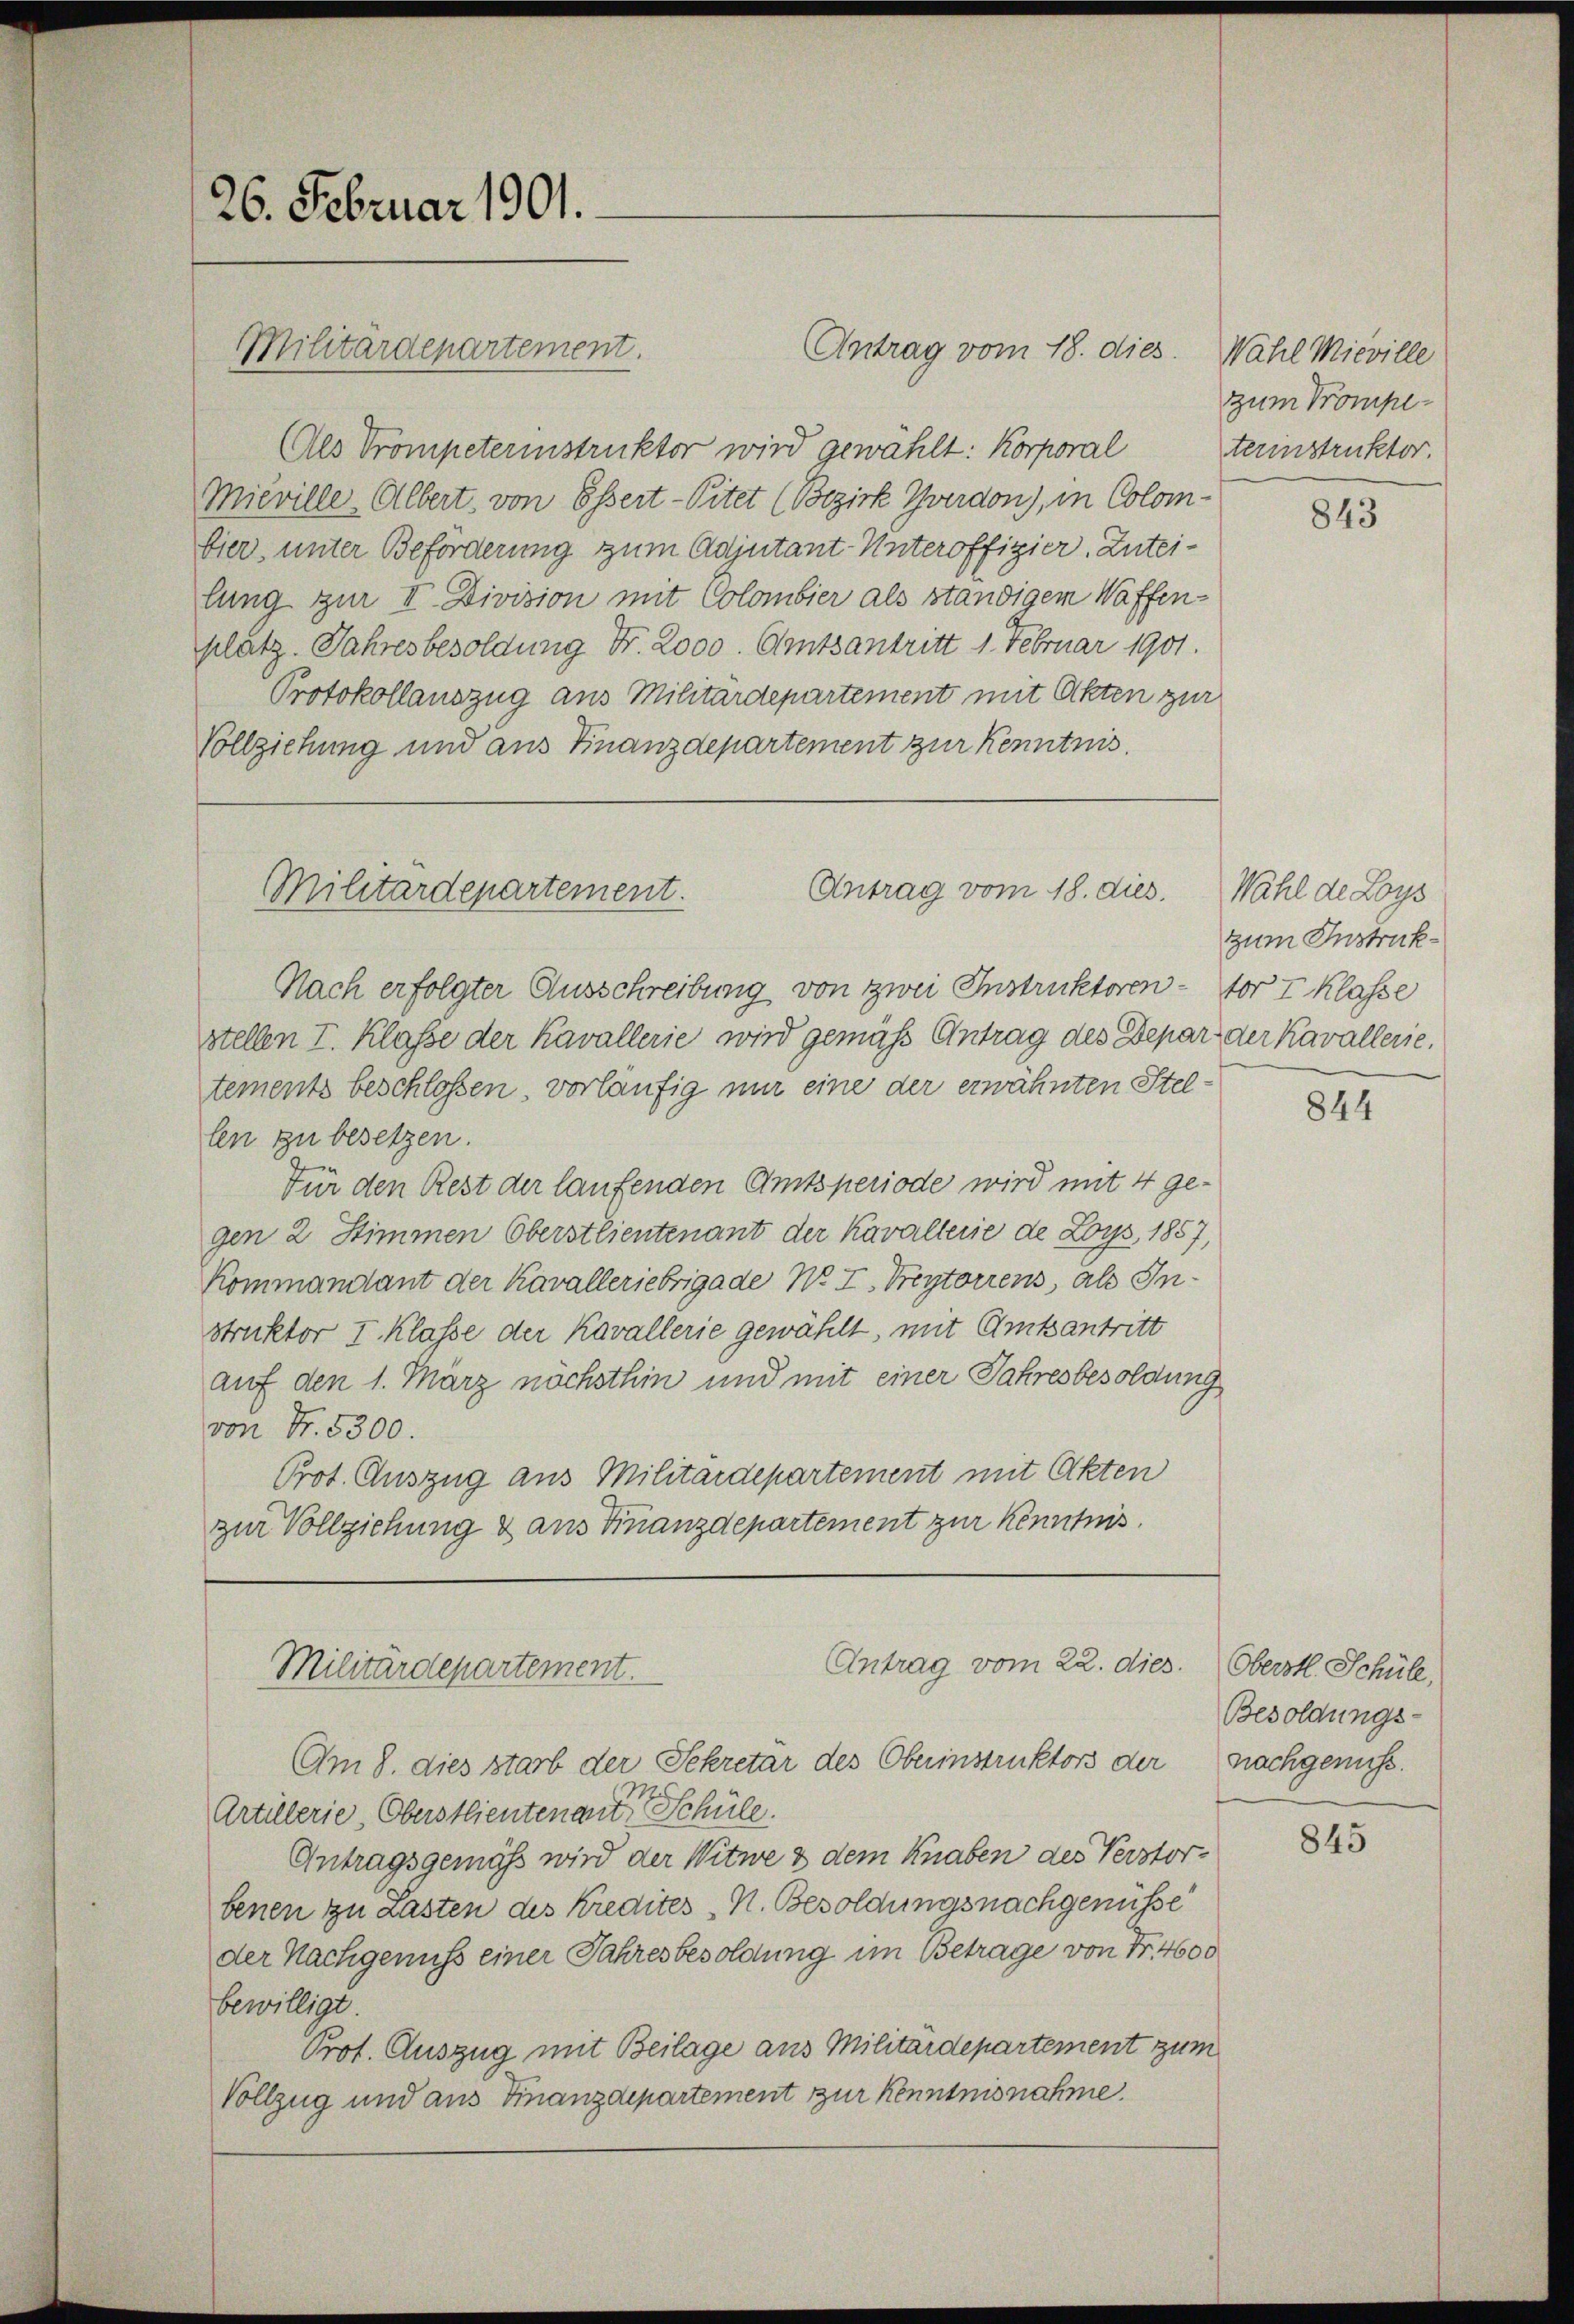
26. Februar 1901.

Antrag vom 18. dies
Als Trompeterinstruktor wird gewählt: Korporal
Mieville-Olbert, von Össert-Pitet (Bezirk Yverdon), in Colom-
bier, unter Beförderung zum Adjutant-Unteroffizier-Zuteilung zur II. Division mit Colombier als ständigem Waffenplatz. Jahresbesoldung Fr. 2000. Amtsantritt 1. Februar 1901.
Protokollauszug aus Militärdepartement mit Akten zur
Vollziehung und aus Finanzdepartement zur Kenntnis.

Militärdepartement.

Antrag vom 18. dies
Militärdepartement.

Am 8. dies starb der Sekretär des Oberinstruktors der
Artillerie-Oberstlieutenant der Schüle
Antragsgemäß wird der Witwe & dem Knaben des Verstorbenen zu Lasten des Kredites N. Besoldungsnachgenüsse
der Nachgenuss einer Jahresbesoldung im Betrage von Fr. 4600
bewilligt.
Prot. Auszug mit Beilage aus Militärdepartement zum
Vollzug und aus Finanzdepartement zur Kenntnisnahme.

Nach erfolgter Ausschreibung von zwei Instruktoren - vor I Klasse
stellen I. Klasse der Kavallerie wird gemäß Antrag des Depar, der Kavallerie,
tements beschlossen, vorläufig mir eine der erwähnten Stellen zu besetzen.
Für den Rest der laufenden Amtsperiode wird mit 4 ge-
gen 2 Stimmen Oberstlieutenant der Kavallerie de Loys, 1857,
Kommandant der Kavalleriebrigade No. 7. Freytorrens, als Instruktor I. Klasse der Kavallerie gewählt, mit Gutsantritt
auf den 1. März nöchsthin und mit einer Jahresbesoldung
von Nr. 5300.
Prot. Auszug aus Militärdepartement mit Akten
zur Vollziehung & aus Finanzdepartement zur Kenntnis

Antrag vom 22. dies. Oberstl. Schüle
Militärdepartement.

Wahl Mieville
zum Trompeterinstruktor.

843

Wahl de Loys
zum Instruk¬

844

Besoldungs-
nachgenuss.

845